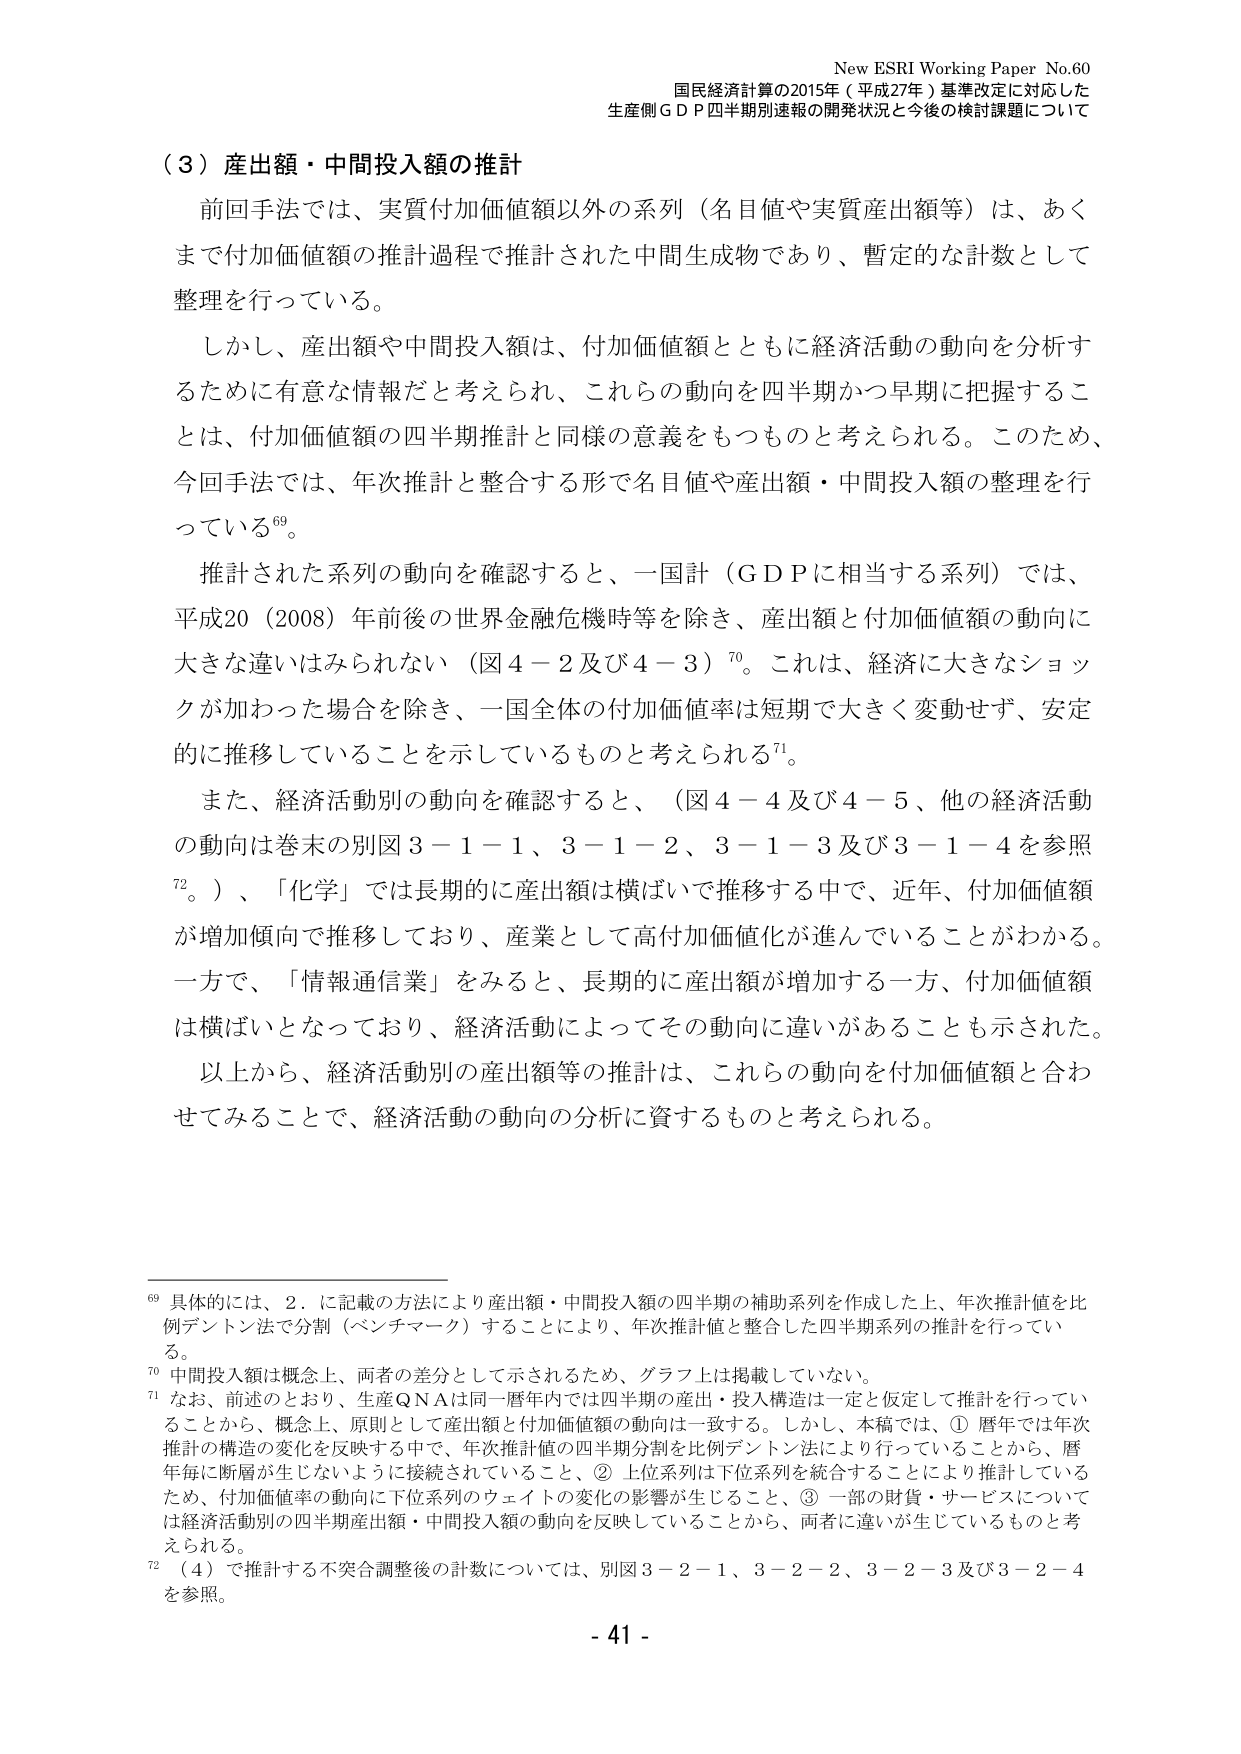
New ESRI Working Paper No.60
国民経済計算の2015年（平成27年）基準改定に対応した
生産側ＧＤＰ四半期別速報の開発状況と今後の検討課題について

（３）産出額・中間投入額の推計

前回手法では、実質付加価値額以外の系列（名目値や実質産出額等）は、あくまで付加価値額の推計過程で推計された中間生成物であり、暫定的な計数として整理を行っている。

しかし、産出額や中間投入額は、付加価値額とともに経済活動の動向を分析するために有意な情報だと考えられ、これらの動向を四半期かつ早期に把握することは、付加価値額の四半期推計と同様の意義をもつものと考えられる。このため、今回手法では、年次推計と整合する形で名目値や産出額・中間投入額の整理を行っている⁶⁹。

推計された系列の動向を確認すると、一国計（ＧＤＰに相当する系列）では、平成20（2008）年前後の世界金融危機時等を除き、産出額と付加価値額の動向に大きな違いはみられない（図４－２及び４－３）⁷⁰。これは、経済に大きなショックが加わった場合を除き、一国全体の付加価値率は短期で大きく変動せず、安定的に推移していることを示しているものと考えられる⁷¹。

また、経済活動別の動向を確認すると、（図４－４及び４－５、他の経済活動の動向は巻末の別図３－１－１、３－１－２、３－１－３及び３－１－４を参照⁷²。）、「化学」では長期的に産出額は横ばいで推移する中で、近年、付加価値額が増加傾向で推移しており、産業として高付加価値化が進んでいることがわかる。一方で、「情報通信業」をみると、長期的に産出額が増加する一方、付加価値額は横ばいとなっており、経済活動によってその動向に違いがあることも示された。

以上から、経済活動別の産出額等の推計は、これらの動向を付加価値額と合わせてみることで、経済活動の動向の分析に資するものと考えられる。

⁶⁹ 具体的には、２．に記載の方法により産出額・中間投入額の四半期の補助系列を作成した上、年次推計値を比例デントン法で分割（ベンチマーク）することにより、年次推計値と整合した四半期系列の推計を行っている。

⁷⁰ 中間投入額は概念上、両者の差分として示されるため、グラフ上は掲載していない。

⁷¹ なお、前述のとおり、生産ＱＮＡは同一暦年内では四半期の産出・投入構造は一定と仮定して推計を行っていることから、概念上、原則として産出額と付加価値額の動向は一致する。しかし、本稿では、①暦年では年次推計の構造の変化を反映する中で、年次推計値の四半期分割を比例デントン法により行っていることから、暦年毎に断層が生じないように接続されていること、②上位系列は下位系列を統合することにより推計しているため、付加価値率の動向に下位系列のウェイトの変化の影響が生じること、③一部の財貨・サービスについては経済活動別の四半期産出額・中間投入額の動向を反映していることから、両者に違いが生じているものと考えられる。

⁷² （４）で推計する不突合調整後の計数については、別図３－２－１、３－２－２、３－２－３及び３－２－４を参照。

- 41 -